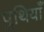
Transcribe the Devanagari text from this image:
पुथियाँ